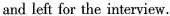
and left for the interview.